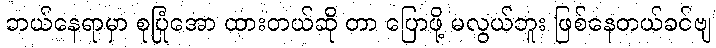
ဘယ်နေရာမှာ စုပြုံအော ထားတယ်ဆို တာ ပြောဖို့ မလွယ်ဘူး ဖြစ်နေတယ်ခင်ဗျ